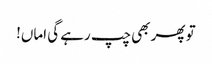
تو پھر بھی چپ رہے گی اماں!